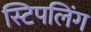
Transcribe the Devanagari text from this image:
स्टिपलिंग